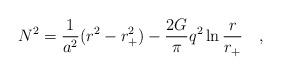
LaTeX: \begin{align*}N^2={1 \over a^2}(r^2-r_+^2) - {2G \over \pi} q^2\ln {r \over r_+}~~~,\end{align*}